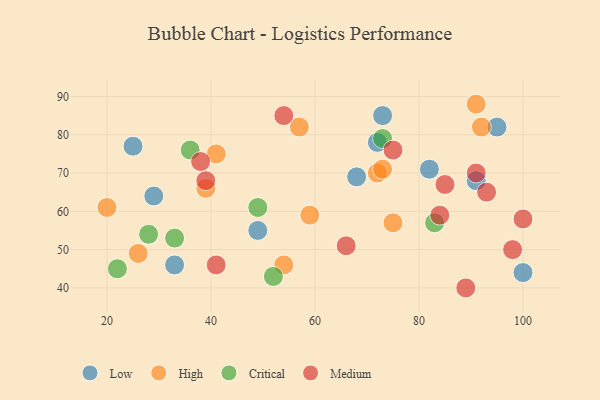
{"axis": {"x": "GDP", "y": "Life Expectancy"}, "legend": ["Critical", "High", "Low", "Medium"], "data": [{"x": "33", "y": 46, "type": "Low"}, {"x": "25", "y": 77, "type": "Low"}, {"x": "91", "y": 68, "type": "Low"}, {"x": "68", "y": 69, "type": "Low"}, {"x": "100", "y": 44, "type": "Low"}, {"x": "49", "y": 55, "type": "Low"}, {"x": "72", "y": 78, "type": "Low"}, {"x": "73", "y": 85, "type": "Low"}, {"x": "95", "y": 82, "type": "Low"}, {"x": "29", "y": 64, "type": "Low"}, {"x": "82", "y": 71, "type": "Low"}, {"x": "39", "y": 66, "type": "High"}, {"x": "92", "y": 82, "type": "High"}, {"x": "54", "y": 46, "type": "High"}, {"x": "59", "y": 59, "type": "High"}, {"x": "57", "y": 82, "type": "High"}, {"x": "72", "y": 70, "type": "High"}, {"x": "91", "y": 88, "type": "High"}, {"x": "75", "y": 57, "type": "High"}, {"x": "41", "y": 75, "type": "High"}, {"x": "26", "y": 49, "type": "High"}, {"x": "20", "y": 61, "type": "High"}, {"x": "73", "y": 71, "type": "High"}, {"x": "52", "y": 43, "type": "Critical"}, {"x": "49", "y": 61, "type": "Critical"}, {"x": "33", "y": 53, "type": "Critical"}, {"x": "36", "y": 76, "type": "Critical"}, {"x": "83", "y": 57, "type": "Critical"}, {"x": "22", "y": 45, "type": "Critical"}, {"x": "73", "y": 79, "type": "Critical"}, {"x": "28", "y": 54, "type": "Critical"}, {"x": "98", "y": 50, "type": "Medium"}, {"x": "85", "y": 67, "type": "Medium"}, {"x": "66", "y": 51, "type": "Medium"}, {"x": "89", "y": 40, "type": "Medium"}, {"x": "84", "y": 59, "type": "Medium"}, {"x": "91", "y": 70, "type": "Medium"}, {"x": "39", "y": 68, "type": "Medium"}, {"x": "93", "y": 65, "type": "Medium"}, {"x": "100", "y": 58, "type": "Medium"}, {"x": "54", "y": 85, "type": "Medium"}, {"x": "41", "y": 46, "type": "Medium"}, {"x": "75", "y": 76, "type": "Medium"}, {"x": "38", "y": 73, "type": "Medium"}]}